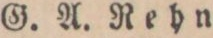
G. A. Rehn